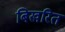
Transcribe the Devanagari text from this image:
बिखरित